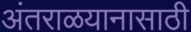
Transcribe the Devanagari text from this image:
अंतराळयानासाठी